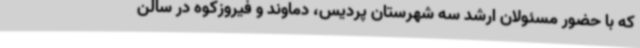
که با حضور مسئولان ارشد سه شهرستان پردیس، دماوند و فیروزکوه در سالن